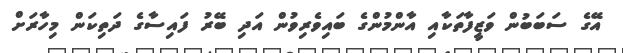
އޭގެ ސަބަބުން ވަޒީފާތަކާއި އާންމުންގެ ބައިވެރިވުން އަދި ބޭރު ފައިސާގެ ދަތިކަން މިހާރަށް